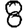
Digit: 8